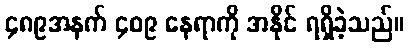
၄၈၉အနက် ၄၀၉ နေရာကို အနိုင် ရရှိခဲ့သည်။